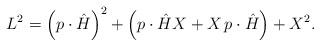
LaTeX: \begin{align*}L^2=\left(p\cdot\hat{H}\right)^2+ \left(p\cdot\hat{H}X+X\,p\cdot\hat{H}\right)+X^2.\end{align*}